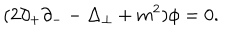
( 2 \partial _ { + } \partial _ { - } - \Delta _ { \perp } + m ^ { 2 } ) { \phi } = 0 .